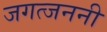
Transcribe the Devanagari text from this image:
जगत्जननी